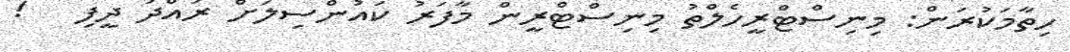
ހިތާމަކުރަން: މިނިސްޓްރީހެލްތު މިނިސްޓްރީން މާފަރު ކައުންސިލަށް ރައްދު ދީފި   !